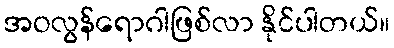
အဝလွန်ရောဂါဖြစ်လာ နိုင်ပါတယ်။